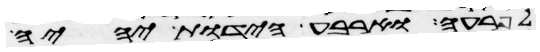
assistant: לפרעה וארבע הידות יהיה